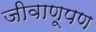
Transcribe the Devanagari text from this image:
जीवाणूपण